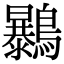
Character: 𪇰